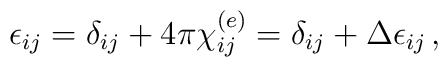
\epsilon_{ij}=\delta_{ij}+4\pi\chi^{(e)}_{ij}=\delta_{ij}+\Delta\epsilon_{ij}\,,